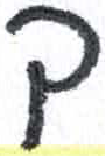
אות: ך